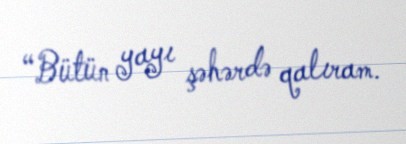
“Bütün yayı şəhərdə qalıram.